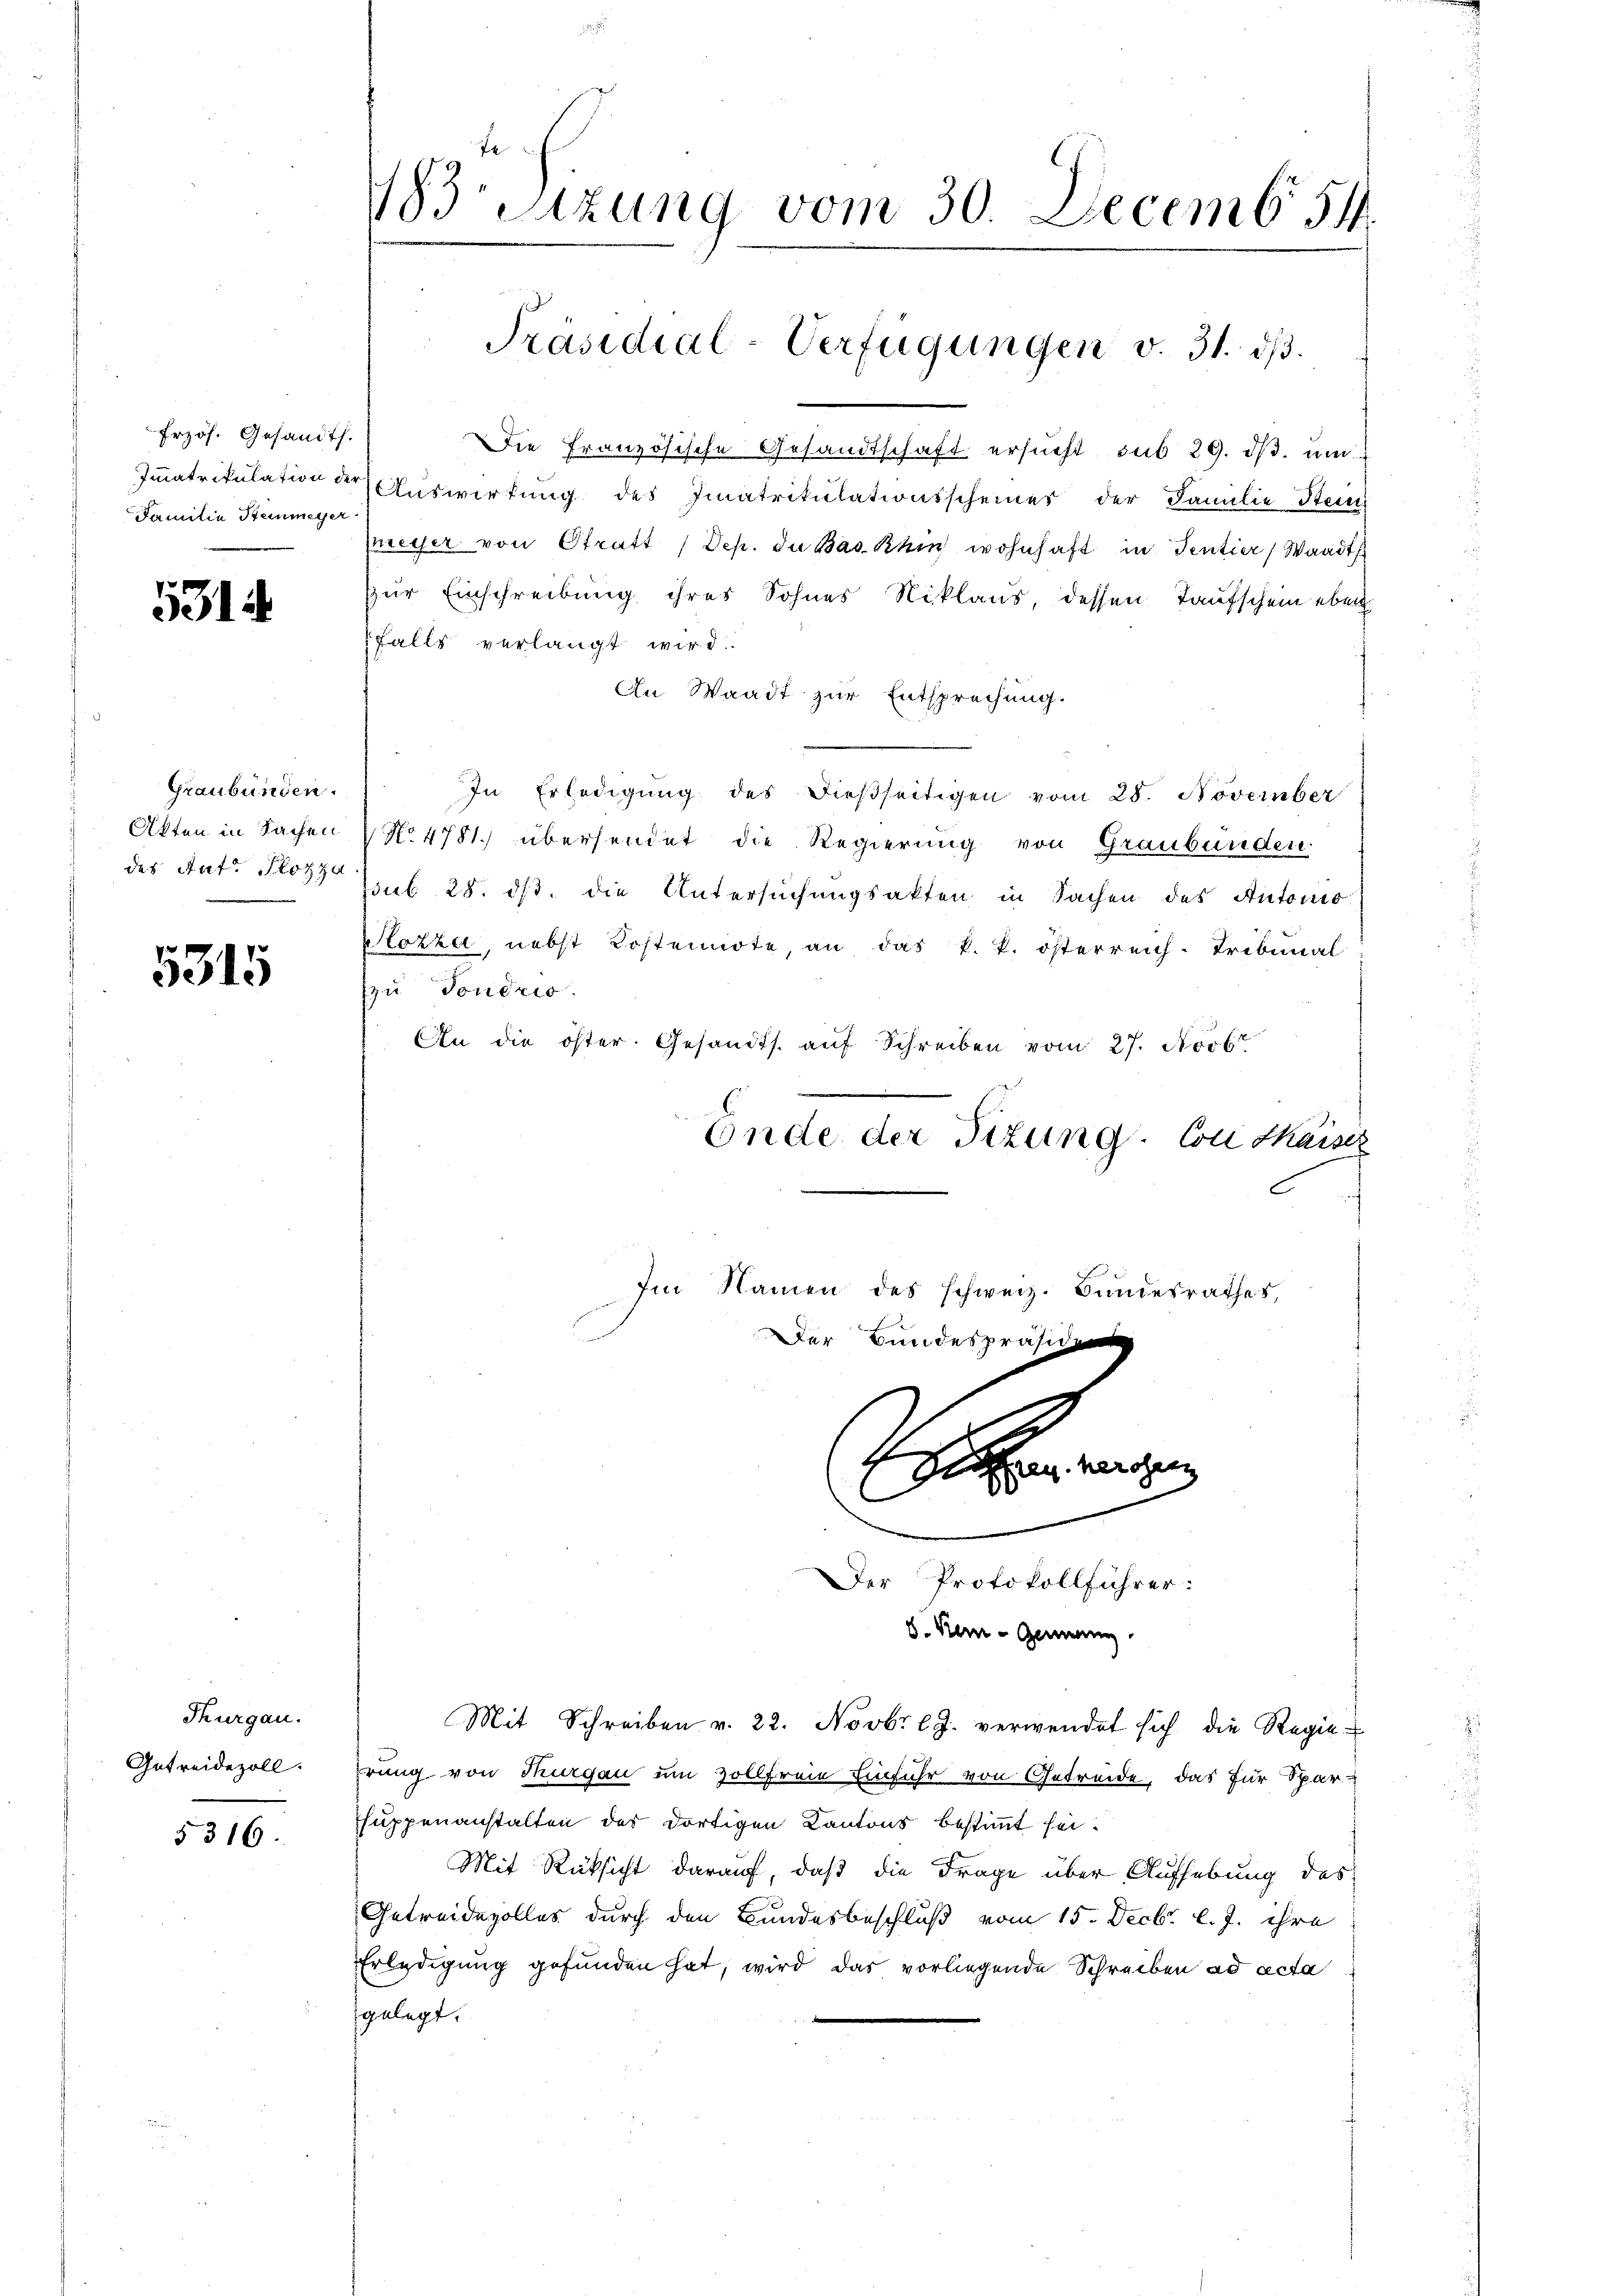
Frzös. Gesandts.
Immatrikulation der
Familie Steinmeyer

5314

Graubünden.
Akten in Sachen
des Ant. Flotza

5315

Thurgau.
Getreidezoll.

5316.

Wetzung vom 30. Decemb. 54.

Die Französische Gesandtschaft ersucht sub 29. dβ. um
Auswirtung des Immatritulationsscheines der Familie Steien
Meyer von Stratt (Dep. du Bas Khin wohnhaft in Sentier, Waadt
zur Einschreibung ihres Sohnes Niklaus, dessen Taufschein eben
falls verlangt wird.
An Waadt zur Entsprechung.
In Erledigung des dießseitigen vom 28. November
No 4781. übersendet die Regierung von Graubünden.
ssub 28. ds. die Untersuchungsakten in Sachen des Antonio
Stozza, nebst Kostennote an das k. k. österreich. Tribunal
zu Tondris.
An die öster. Gesandts. aŭf Schreiben vom 27. Novb
Ende der Sizung. Von Kaiser
C

Präsidial-Verfügungen v. 31. dβ.

Im Namen des schweiz. Bundesrathes,
Der Bundespräsid
hn werden
l
Der Protokollführer:
8. Kern - Geneing

Mit Schreiben v. 22. Novbr lJ. verwendet sich die Regie-

prung von Thurgau um vollfreie Einfuhr von Getreide, das für Spar-
suppenanstalten der dortigen Kantons bestimmt sei.
Mit Rüksicht darauf, daß die Frage über Aufhebung des
Getreidevolles durch den Bundesbeschluß vom 15. Decbr. l. J. ihre
Erledigung gefunden hat, wird das vorliegende Schreiben ad acta
gelegt.